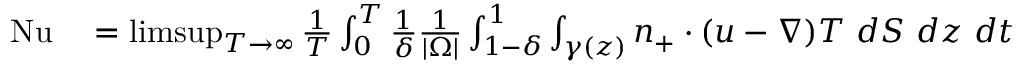
\begin{array} { r l } { \mathrm { { N u } } } & { { } = \operatorname* { l i m s u p } _ { T \to \infty } \frac { 1 } { T } \int _ { 0 } ^ { T } \frac { 1 } { \delta } \frac { 1 } { | \Omega | } \int _ { 1 - \delta } ^ { 1 } \int _ { \gamma ( z ) } n _ { + } \cdot ( u - \nabla ) T \ d S \ d z \ d t } \end{array}